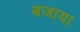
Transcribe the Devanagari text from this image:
बजाय।